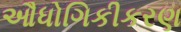
ઔધોગિકીકરણ